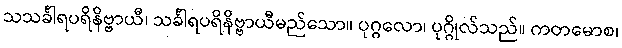
သသင်္ခါရပရိနိဗ္ဗာယီ၊ သင်္ခါရပရိနိဗ္ဗာယီမည်သော။ ပုဂ္ဂလော၊ ပုဂ္ဂိုလ်သည်။ ကတမောစ၊